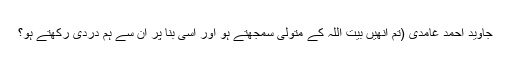
جاوید احمد غامدی (تم اِنھیں بیت اللہ کے متولی سمجھتے ہو اور اِسی بنا پر اُن سے ہم دردی رکھتے ہو؟